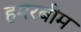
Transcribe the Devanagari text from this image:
हमरबीम